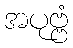
အပုဗ္ဗံ